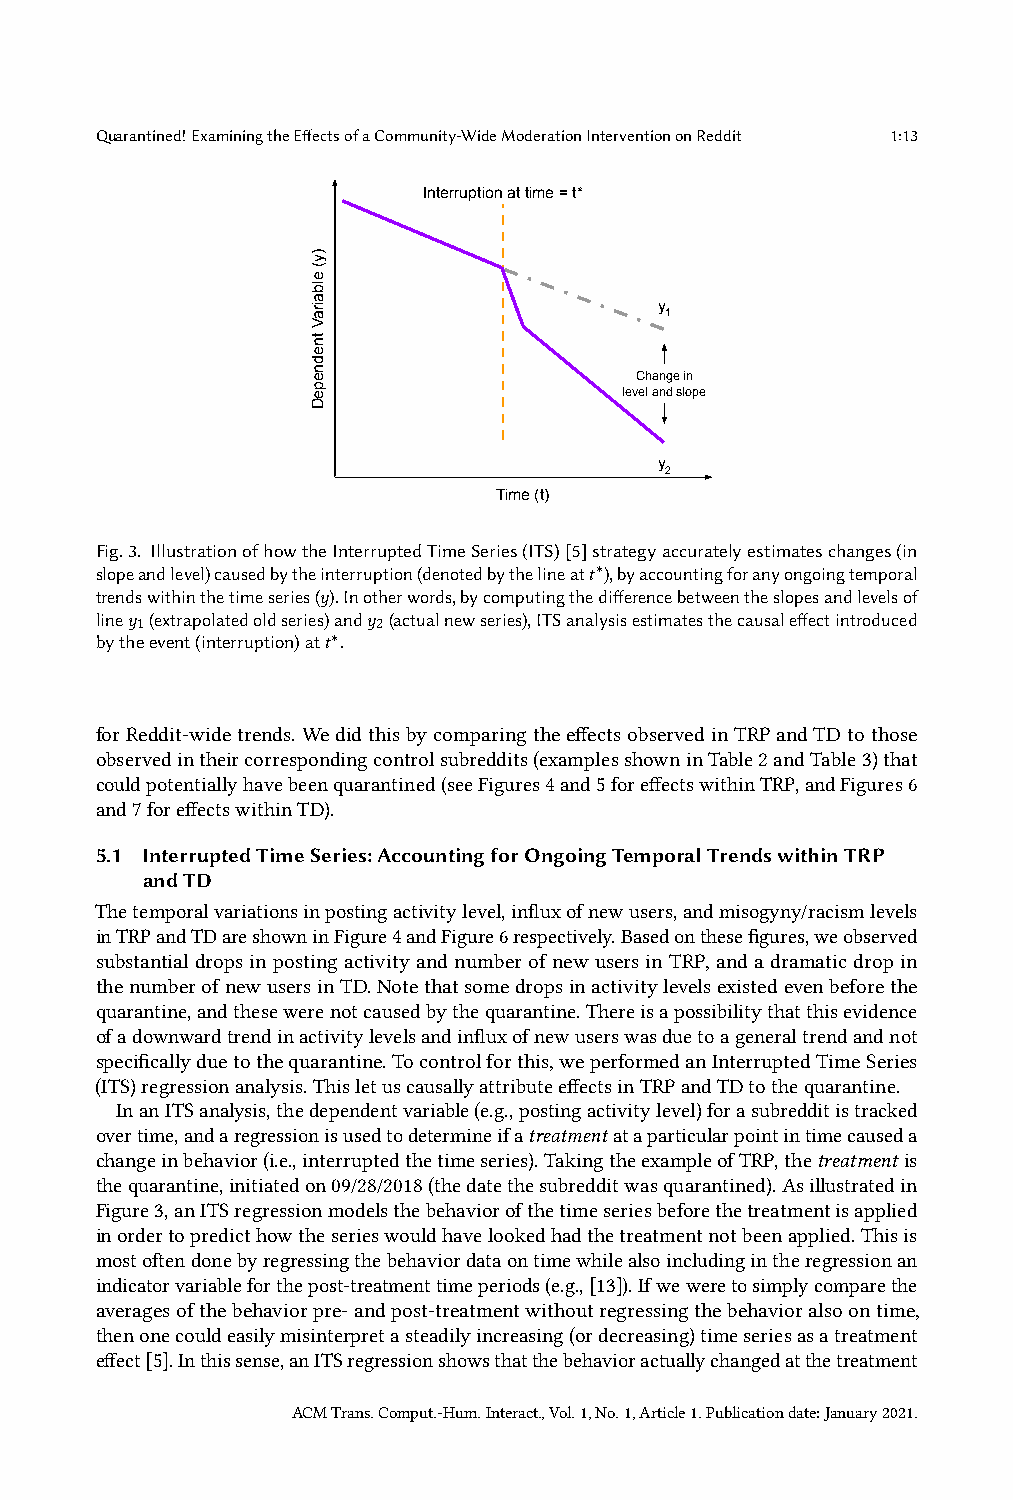
Quarantined!ExaminingtheEffectsofaCommunity-WideModerationInterventiononReddit 1:13
 Interruption at time = t*
 y
 1
 Change in
 level and slope
 y
 2
 Time (t)
 Fig.3. IllustrationofhowtheInterruptedTimeSeries(ITS)[5]strategyaccuratelyestimateschanges(in
 slopeandlevel)causedbytheinterruption(denotedbythelineat𝑡∗),byaccountingforanyongoingtemporal
 trendswithinthetimeseries(𝑦).Inotherwords,bycomputingthedifferencebetweentheslopesandlevelsof
 line𝑦 (extrapolatedoldseries)and𝑦 (actualnewseries),ITSanalysisestimatesthecausaleffectintroduced
 1               2
 bytheevent(interruption)at𝑡∗.
 forReddit-widetrends.WedidthisbycomparingtheeffectsobservedinTRPandTDtothose
 observedintheircorrespondingcontrolsubreddits(examplesshowninTable2andTable3)that
 couldpotentiallyhavebeenquarantined(seeFigures4and5foreffectswithinTRP,andFigures6
 and7foreffectswithinTD).
 5.1 InterruptedTimeSeries:AccountingforOngoingTemporalTrendswithinTRP
 andTD
 Thetemporalvariationsinpostingactivitylevel,influxofnewusers,andmisogyny/racismlevels
 inTRPandTDareshowninFigure4andFigure6respectively.Basedonthesefigures,weobserved
 substantial drops in posting activity and number of new users in TRP, and a dramatic drop in
 thenumberofnewusersinTD.Notethatsomedropsinactivitylevelsexistedevenbeforethe
 quarantine,andthesewerenotcausedbythequarantine.Thereisapossibilitythatthisevidence
 ofadownwardtrendinactivitylevelsandinfluxofnewuserswasduetoageneraltrendandnot
 specificallyduetothequarantine.Tocontrolforthis,weperformedanInterruptedTimeSeries
 (ITS)regressionanalysis.ThisletuscausallyattributeeffectsinTRPandTDtothequarantine.
 InanITSanalysis,thedependentvariable(e.g.,postingactivitylevel)forasubredditistracked
 overtime,andaregressionisusedtodetermineifatreatmentataparticularpointintimecauseda
 changeinbehavior(i.e.,interruptedthetimeseries).TakingtheexampleofTRP,thetreatment is
 thequarantine,initiatedon09/28/2018(thedatethesubredditwasquarantined).Asillustratedin
 Figure3,anITSregressionmodelsthebehaviorofthetimeseriesbeforethetreatmentisapplied
 inordertopredicthowtheserieswouldhavelookedhadthetreatmentnotbeenapplied.Thisis
 mostoftendonebyregressingthebehaviordataontimewhilealsoincludingintheregressionan
 indicatorvariableforthepost-treatmenttimeperiods(e.g.,[13]).Ifweweretosimplycomparethe
 averagesofthebehaviorpre-andpost-treatmentwithoutregressingthebehavioralsoontime,
 thenonecouldeasilymisinterpretasteadilyincreasing(ordecreasing)timeseriesasatreatment
 effect[5].Inthissense,anITSregressionshowsthatthebehavioractuallychangedatthetreatment
 ACMTrans.Comput.-Hum.Interact.,Vol.1,No.1,Article1.Publicationdate:January2021.
 )y(
 elbairaV
 tnednepeD